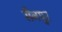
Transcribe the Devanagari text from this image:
सैनपुर